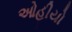
ઓહીયો